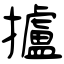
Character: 攎